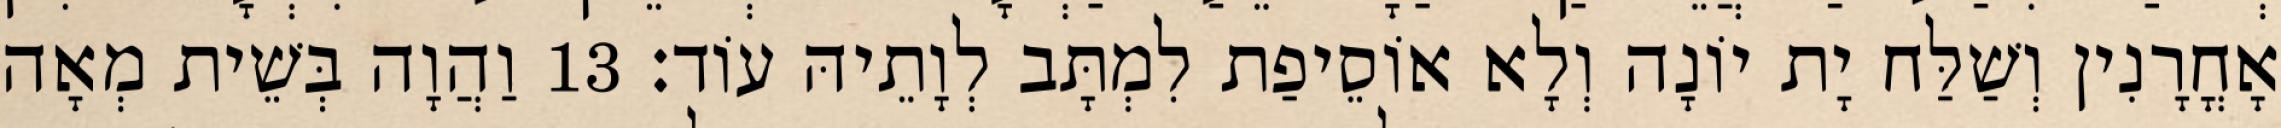
אָחֳרָנִין וְשַׁלַּח יָת יוֹנָה וְלָא אוֹסֵיפַת לִמְתָּב לְוָתֵיהּ עוֹד׃ 13 וַהֲוָה בְּשֵׁית מְאָה